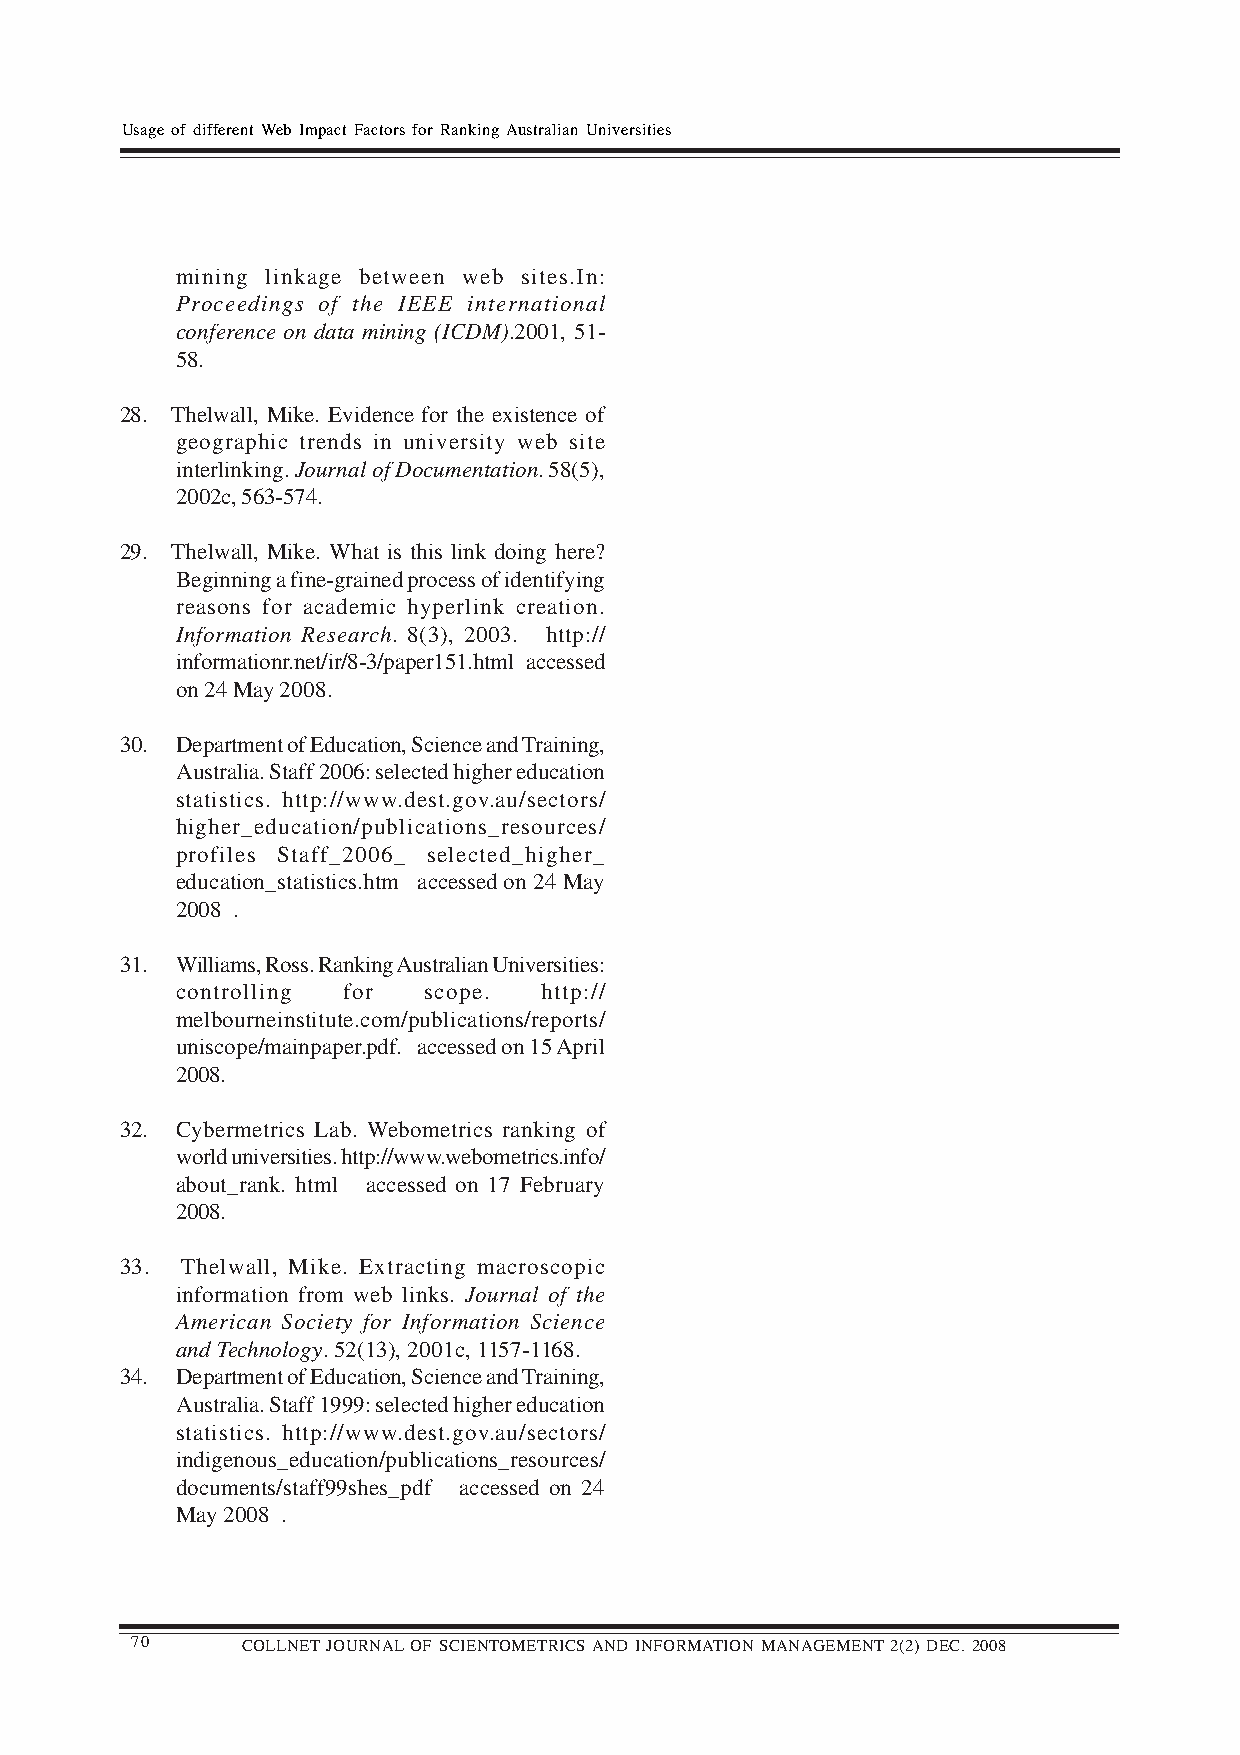
Usage of different Web Impact Factors for Ranking Australian Universities
 mining linkage between web sites.In:
 Proceedings of the IEEE international
 conference on data mining (ICDM).2001, 51-
 58.
 28. Thelwall, Mike. Evidence for the existence of
 geographic trends in university web site
 interlinking. Journal of Documentation. 58(5),
 2002c, 563-574.
 29. Thelwall, Mike. What is this link doing here?
 Beginning a fine-grained process of identifying
 reasons for academic hyperlink creation.
 Information Research. 8(3), 2003. http://
 informationr.net/ir/8-3/paper151.html accessed
 on 24 May 2008.
 30. Department of Education, Science and Training,
 Australia. Staff 2006: selected higher education
 statistics. http://www.dest.gov.au/sectors/
 higher_education/publications_resources/
 profiles Staff_2006_ selected_higher_
 education_statistics.htm accessed on 24 May
 2008 .
 31. Williams, Ross. Ranking Australian Universities:
 controlling for scope.  http://
 melbourneinstitute.com/publications/reports/
 uniscope/mainpaper.pdf. accessed on 15 April
 2008.
 32. Cybermetrics Lab. Webometrics ranking of
 world universities. http://www.webometrics.info/
 about_rank. html accessed on 17 February
 2008.
 33. Thelwall, Mike. Extracting macroscopic
 information from web links. Journal of the
 American Society for Information Science
 and Technology. 52(13), 2001c, 1157-1168.
 34. Department of Education, Science and Training,
 Australia. Staff 1999: selected higher education
 statistics. http://www.dest.gov.au/sectors/
 indigenous_education/publications_resources/
 documents/staff99shes_pdf accessed on 24
 May 2008 .
 70     COLLNET JOURNAL OF SCIENTOMETRICS AND INFORMATION MANAGEMENT 2(2) DEC. 2008